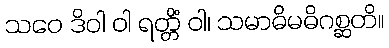
သဝေ ဒိဝါ ဝါ ရတ္တိံ ဝါ၊ သမာဓိမဓိဂစ္ဆတိ။